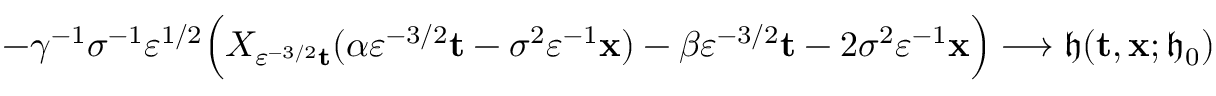
- \gamma ^ { - 1 } \sigma ^ { - 1 } \varepsilon ^ { 1 / 2 } \Big ( X _ { \varepsilon ^ { - 3 / 2 } \mathbf { t } } ( \alpha \varepsilon ^ { - 3 / 2 } \mathbf { t } - \sigma ^ { 2 } \varepsilon ^ { - 1 } \mathbf { x } ) - \beta \varepsilon ^ { - 3 / 2 } \mathbf { t } - 2 \sigma ^ { 2 } \varepsilon ^ { - 1 } \mathbf { x } \Big ) \longrightarrow \mathfrak { h } ( \mathbf { t } , \mathbf { x } ; \mathfrak { h } _ { 0 } )